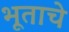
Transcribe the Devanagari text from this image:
भूताचे